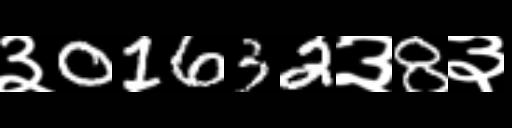
Text: ३01632३8३